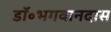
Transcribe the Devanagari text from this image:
डॉ॰भगवानदास